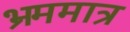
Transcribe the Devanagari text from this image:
भ्रममात्र